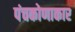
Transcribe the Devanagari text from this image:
पंचकोणाकार